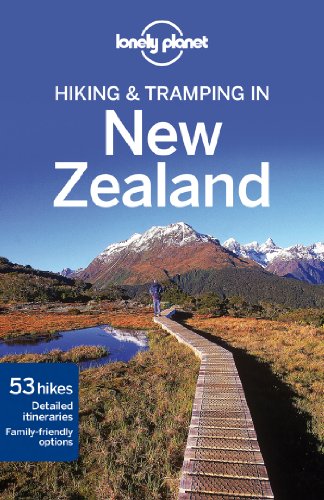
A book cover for Lonely Planet Hiking & Tramping in New Zealand (Travel Guide); Lonely Planet; Travel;